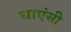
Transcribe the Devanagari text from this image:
धाएंसी